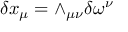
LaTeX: \delta x _ { \mu } = \wedge _ { \mu \nu } \delta \omega ^ { \nu }